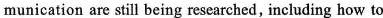
munication are still being researched, including how to